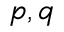
p , q